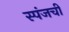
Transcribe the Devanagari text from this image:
स्पंजची